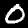
Digit: 0